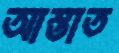
আস্তাত